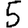
Digit: 5